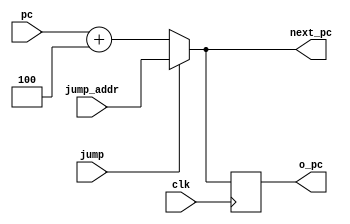
module pc (
           input wire clk,
           input wire[31:0] pc,
           input wire jump,
           input wire [31:0] jump_addr,

           output reg [31:0] next_pc,
           output reg [31:0] o_pc

       );

initial begin
    o_pc    <= 32'h0-4;
    next_pc <= 32'h0;
end

always @(*) begin
    if(jump)
        next_pc <= jump_addr;
    else
        next_pc <= pc+4;
end

always @ (posedge clk) begin
    o_pc <= next_pc;
end

endmodule